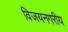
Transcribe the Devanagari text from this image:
विजयनगरीय